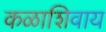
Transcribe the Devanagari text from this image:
कळाशिवाय